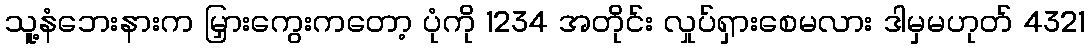
သူ့နံဘေးနားက မြှားကွေးကတော့ ပုံကို 1234 အတိုင်း လှုပ်ရှားစေမလား ဒါမှမဟုတ် 4321